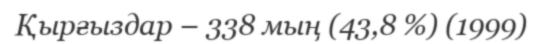
Қырғыздар – 338 мың (43,8 %) (1999)